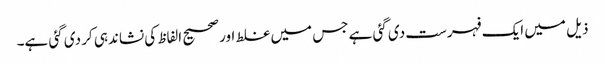
ذیل میں ایک فہرست دی گئی ہے جس میں غلط اور صحیح الفاظ کی نشاندہی کر دی گئی ہے۔